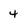
Character: 4